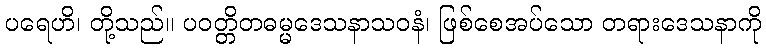
ပရေဟိ၊ တို့သည်။ ပဝတ္တိတဓမ္မဒေသနာသဝနံ၊ ဖြစ်စေအပ်သော တရားဒေသနာကို